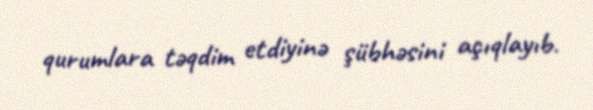
qurumlara təqdim etdiyinə şübhəsini açıqlayıb.